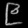
Digit: ၉